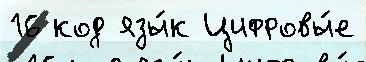
16 код язы́к Цифровы́е